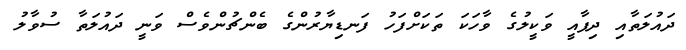
ދައުލަތާއި ދިފާއީ ވަކީލުގެ ވާހަކަ ތަކަށްފަހު ފަނޑިޔާރުންގެ ބެންޗުންވެސް ވަނީ ދައުލަތާ ސުވާލު